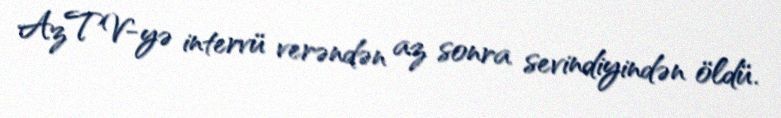
AzTV-yə intervü verəndən az sonra sevindiyindən öldü.